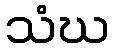
သံဃ